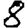
Digit: 8